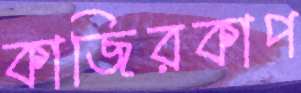
কাজিরকাপ